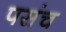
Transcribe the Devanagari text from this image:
पसंच